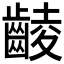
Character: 𪘵